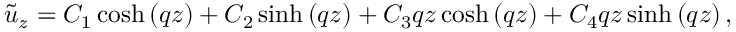
\tilde { u } _ { z } = { { C } _ { 1 } } \cosh \left( q z \right) + { { C } _ { 2 } } \sinh \left( q z \right) + { { C } _ { 3 } } q z \cosh \left( q z \right) + { { C } _ { 4 } } q z \sinh \left( q z \right) ,